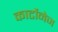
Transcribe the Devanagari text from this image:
कार्टोनेज